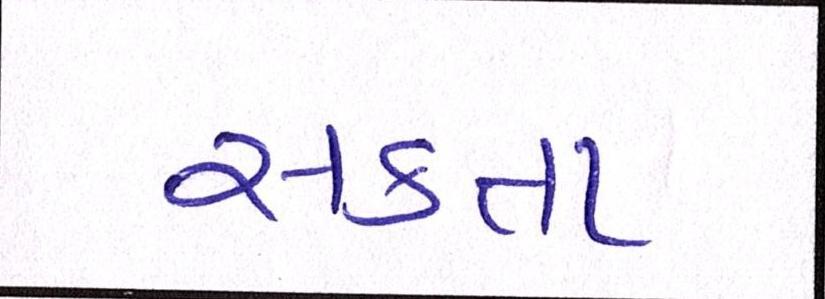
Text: સકતા